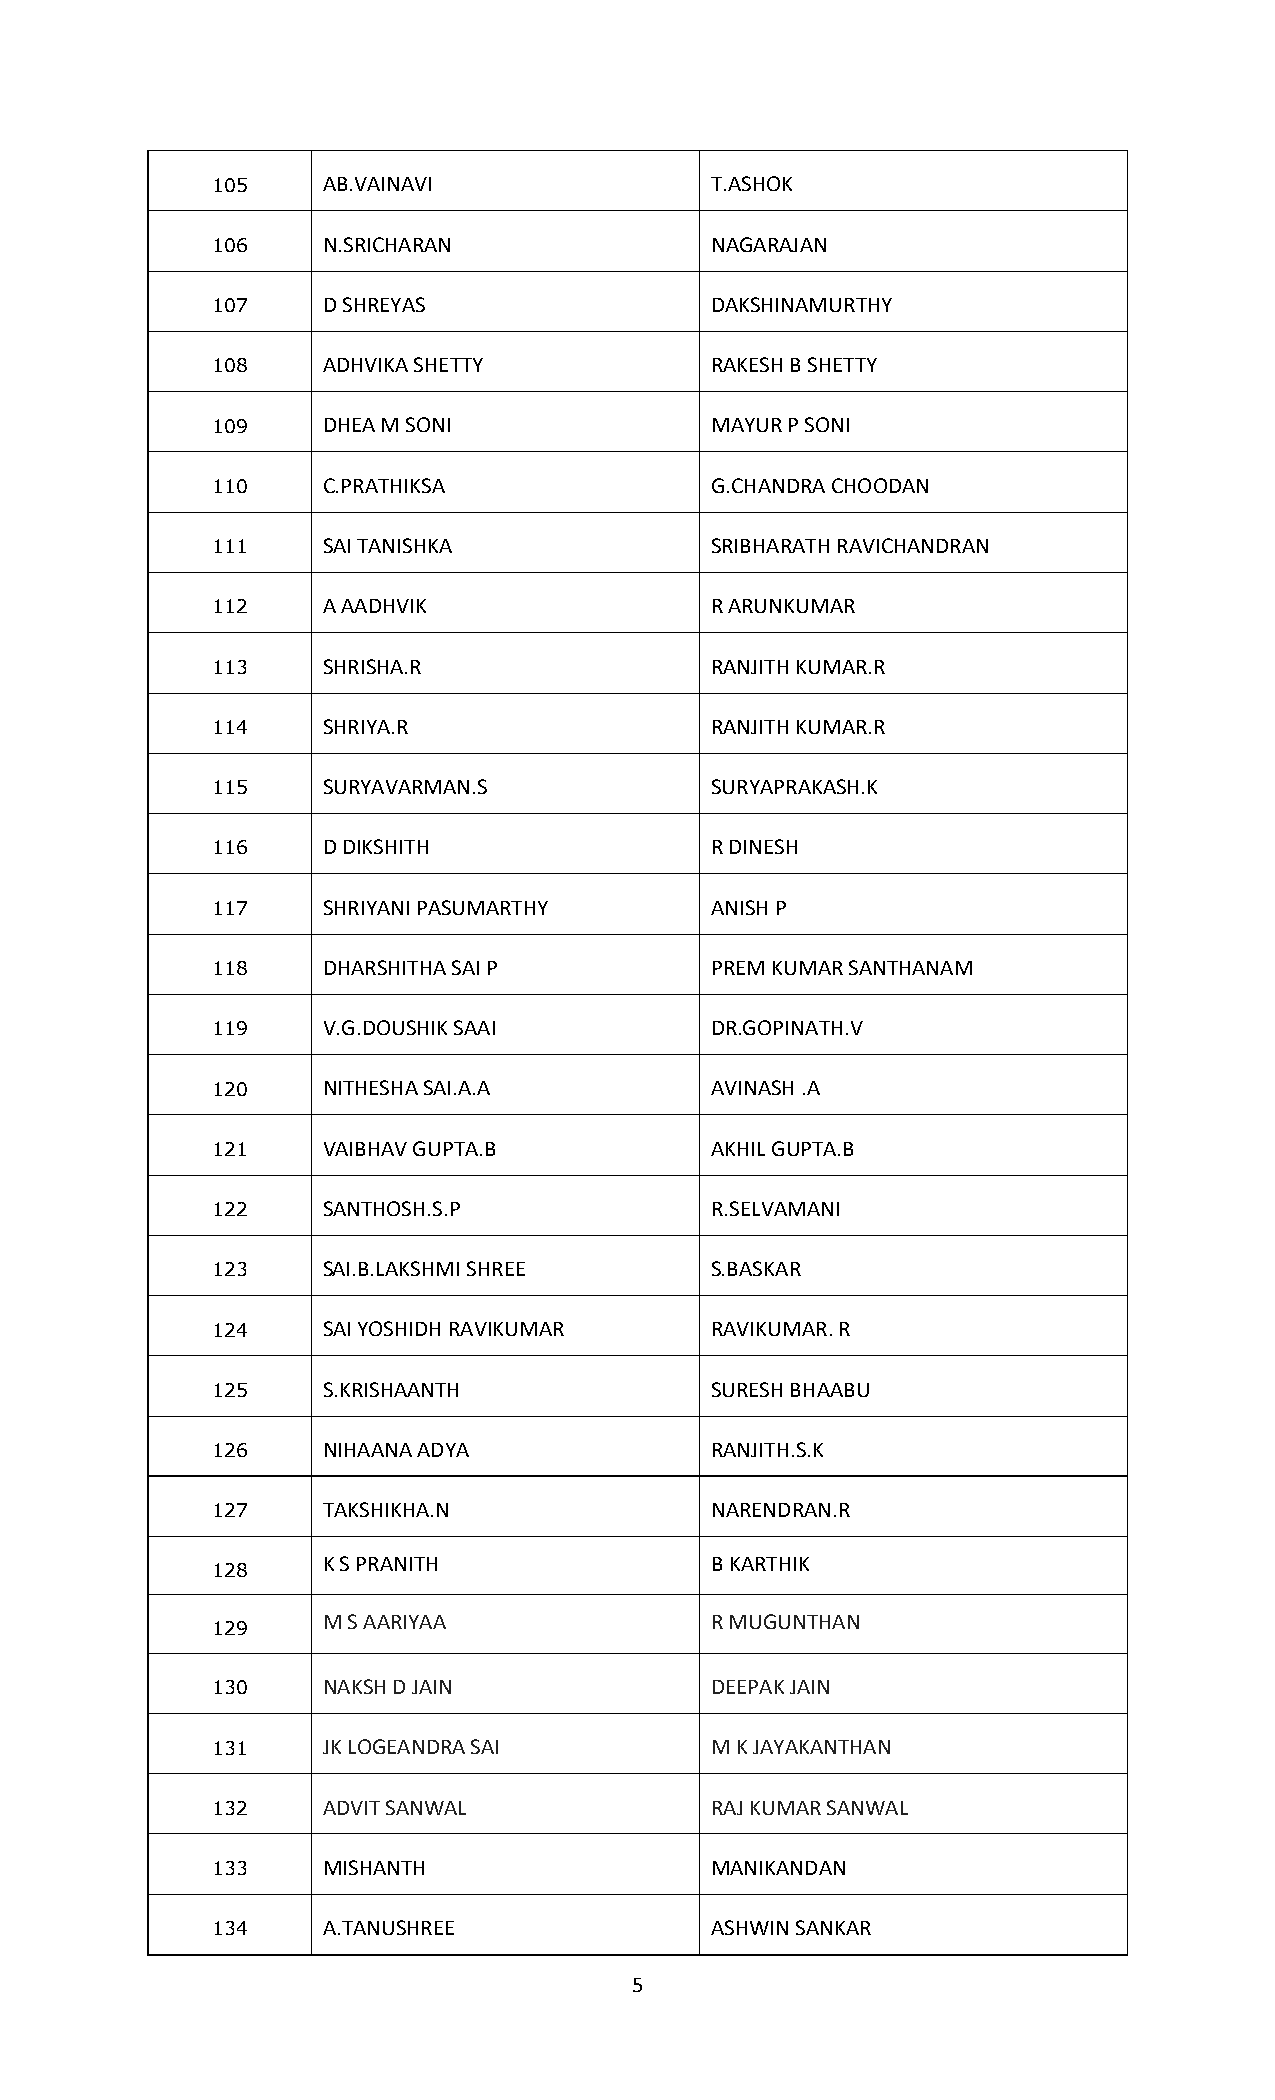
105    AB.VAINAVI                T.ASHOK
 106    N.SRICHARAN               NAGARAJAN
 107    D SHREYAS                 DAKSHINAMURTHY
 108    ADHVIKA SHETTY            RAKESH B SHETTY
 109    DHEA M SONI               MAYUR P SONI
 110    C.PRATHIKSA               G.CHANDRA CHOODAN
 111    SAI TANISHKA              SRIBHARATH RAVICHANDRAN
 112    A AADHVIK                 R ARUNKUMAR
 113    SHRISHA.R                 RANJITH KUMAR.R
 114    SHRIYA.R                  RANJITH KUMAR.R
 115    SURYAVARMAN.S             SURYAPRAKASH.K
 116    D DIKSHITH                R DINESH
 117    SHRIYANI PASUMARTHY       ANISH P
 118    DHARSHITHA SAI P          PREM KUMAR SANTHANAM
 119    V.G.DOUSHIK SAAI          DR.GOPINATH.V
 120    NITHESHA SAI.A.A          AVINASH .A
 121    VAIBHAV GUPTA.B           AKHIL GUPTA.B
 122    SANTHOSH.S.P              R.SELVAMANI
 123    SAI.B.LAKSHMI SHREE       S.BASKAR
 124    SAI YOSHIDH RAVIKUMAR     RAVIKUMAR. R
 125    S.KRISHAANTH              SURESH BHAABU
 126    NIHAANA ADYA              RANJITH.S.K
 127    TAKSHIKHA.N               NARENDRAN.R
 K S PRANITH               B KARTHIK
 128
 M S AARIYAA               R MUGUNTHAN
 129
 130    NAKSH D JAIN              DEEPAK JAIN
 131    JK LOGEANDRA SAI          M K JAYAKANTHAN
 132    ADVIT SANWAL              RAJ KUMAR SANWAL
 133    MISHANTH                  MANIKANDAN
 134    A.TANUSHREE               ASHWIN SANKAR
 5